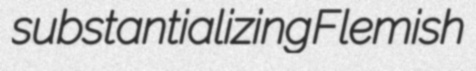
substantializing Flemish